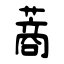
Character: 蔏